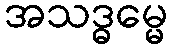
အသဒ္ဓမ္မေ